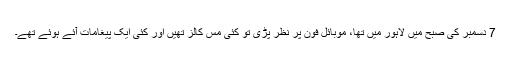
7 دسمبر کی صبح میں لاہور میں تھا، موبائل فون پر نظر پڑی تو کئی مس کالز تھیں اور کئی ایک پیغامات آئے ہوئے تھے۔